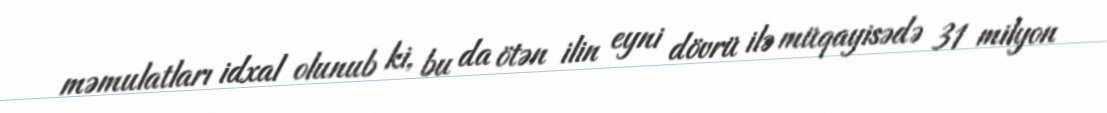
məmulatları idxal olunub ki, bu da ötən ilin eyni dövrü ilə müqayisədə 31 milyon